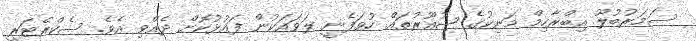
ސަމަރުބުލޫ އިބްރާހިމް މަނިކުގެ ޝުއޫރުތައް ހުވަފެނީ ލަވައަކުން ފައުޅުކޮށް ދެއްވި އެވެ. ސެކްރެޓަރީ